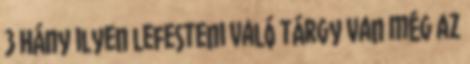
3 Hány ilyen lefesteni való tárgy van még az